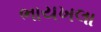
ભાયખલા